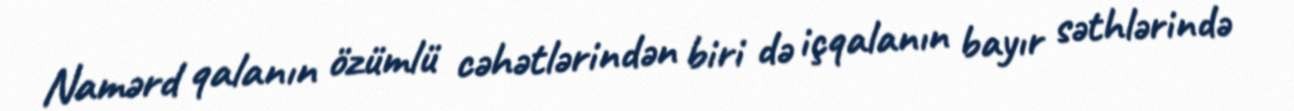
Namərd qalanın özümlü cəhətlərindən biri də içqalanın bayır səthlərində